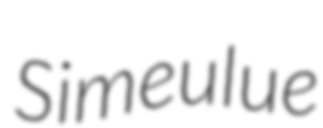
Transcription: Simeulue